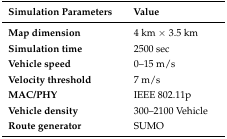
| Simulation Parameters | Value |
 | --- | --- |
 | Map dimension | 4 km × 3.5 km |
 | Simulation time | 2500 sec |
 | Vehicle speed | 0–15 m/s |
 | Velocity threshold | 7 m/s |
 | MAC/PHY | IEEE 802.11p |
 | Vehicle density | 300–2100 Vehicle |
 | Route generator | SUMO |